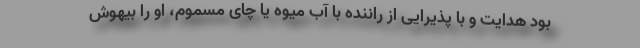
بود هدایت و با پذیرایی از راننده با آب میوه یا چای مسموم، او را بیهوش